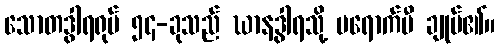
သောတဒွါရရုပ် ၅၄-ခုသည် ဃာနဒွါရသို့ မရောက်မီ ချုပ်၏။